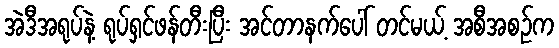
အဲဒီအရုပ်နဲ့ ရုပ်ရှင်ဖန်တီးပြီး အင်တာနက်ပေါ် တင်မယ့် အစီအစဉ်က